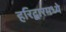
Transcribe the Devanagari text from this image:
हरिद्वारमध्ये